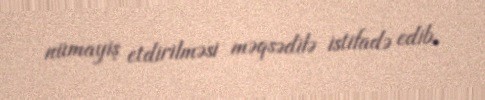
nümayiş etdirilməsi məqsədilə istifadə edib.